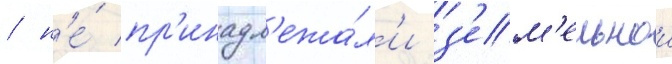
/ н'е́ пр'инадл'ежа́л'и з'ем'ельнои